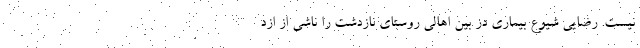
نیست. رضایی شیوع بیماری در بین اهالی روستای نازدشت را ناشی از ازد